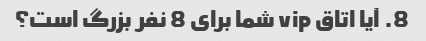
8. آیا اتاق vip شما برای 8 نفر بزرگ است؟